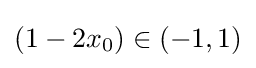
(1-2x_{0})\in (-1,1)